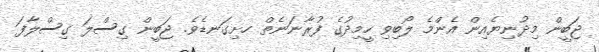
ޖަބީން މިދުނިޔެއިން އެންމެ ލޯބިވި ހީމިދުގެ ފުރާނަނެތް ހށިގަނޑެވެ. ޖަބީން ގިސްލަ ގިސްލާފަ